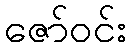
ဇော်ဝင်း